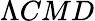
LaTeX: \Lambda CMD